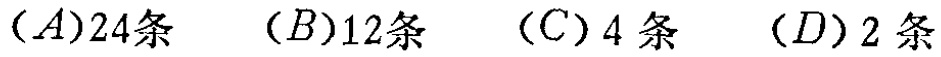
$(A)24条\quad (B)12条\quad (C)4条\quad (D)2条$